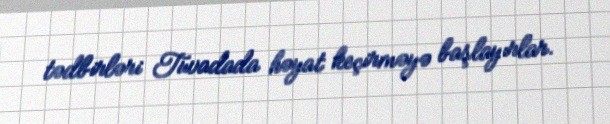
tədbirləri Tuvadada həyat keçirməyə başlayırlar.